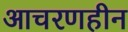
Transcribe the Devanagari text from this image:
आचरणहीन